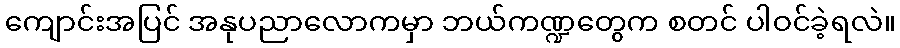
ကျောင်းအပြင် အနုပညာလောကမှာ ဘယ်ကဏ္ဍတွေက စတင် ပါဝင်ခဲ့ရလဲ။